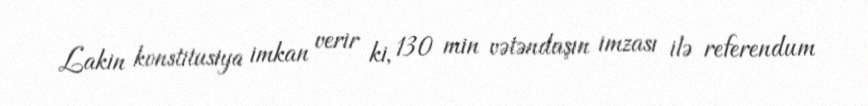
Lakin konstitusiya imkan verir ki, 130 min vətəndaşın imzası ilə referendum